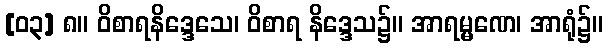
[၀၃] ၈။ ဝိစာရနိဒ္ဒေသေ၊ ဝိစာရ နိဒ္ဒေသ၌။ အာရမ္မဏေ၊ အာရုံ၌။